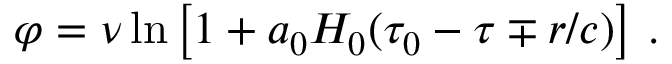
\varphi = \nu \ln \left[ 1 + a _ { 0 } H _ { 0 } ( \tau _ { 0 } - \tau \mp r / c ) \right] \, .